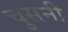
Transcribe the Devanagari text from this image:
चुसनी